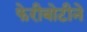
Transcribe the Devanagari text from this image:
फेरीबोटीने